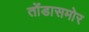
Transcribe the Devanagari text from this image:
तोंडासमोर